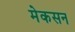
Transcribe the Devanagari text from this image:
मेकसन